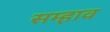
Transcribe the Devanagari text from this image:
सम्हाव